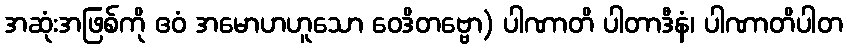
အဆုံးအဖြစ်ကို ဧဝံ အမောဟဟူသော ဝေဒိတဗ္ဗော) ပါဏာတိ ပါတာဒီနံ၊ ပါဏာတိပါတ